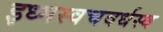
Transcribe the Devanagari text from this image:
इध्मस्वचवर्धस्व